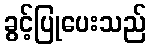
ခွင့်ပြုပေးသည်